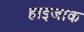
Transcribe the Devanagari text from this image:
हाइजाक